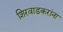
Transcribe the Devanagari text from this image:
शिरवाडकरांना